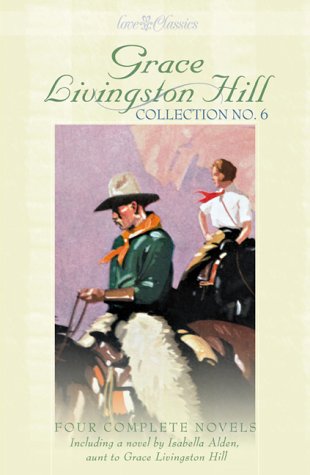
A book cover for Grace Livingston Hill, Collection No.6 (4 Complete Novels including a novel by Isabella Alden, aunt to Grace Livingston Hill); Isabella Alden; Religion & Spirituality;